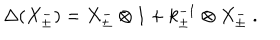
LaTeX: \Delta ( X _ { \pm } ^ { - } ) = X _ { \pm } ^ { - } \otimes 1 + k _ { \pm } ^ { - 1 } \otimes X _ { \pm } ^ { - } ~ .